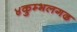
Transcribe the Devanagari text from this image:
४कुम्भलगढ